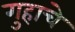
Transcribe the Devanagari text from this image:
गुहाचे